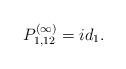
LaTeX: \begin{align*}P_{1,12}^{(\infty)} = i d_{1}.\end{align*}